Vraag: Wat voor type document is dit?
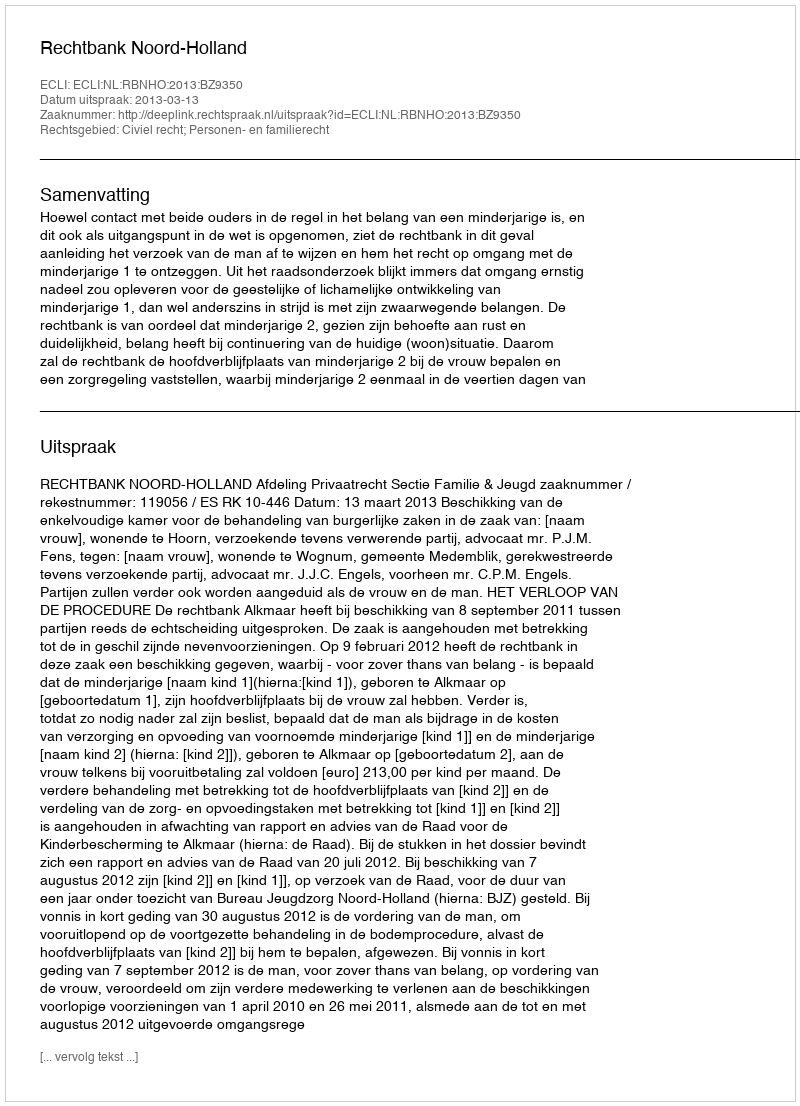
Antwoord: Uitspraak